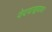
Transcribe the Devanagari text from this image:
वेदवाङ्मयावर